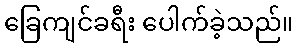
ခြေကျင်ခရီး ပေါက်ခဲ့သည်။